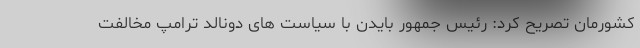
کشورمان تصریح کرد: رئیس جمهور بایدن با سیاست های دونالد ترامپ مخالفت